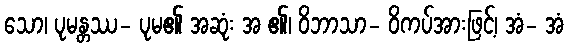
သော၊ ပုမန္တဿ- ပုမ၏ အဆုံး အ ၏၊ ဝိဘာသာ- ဝိကပ်အားဖြင့်၊ အံ- အံ